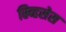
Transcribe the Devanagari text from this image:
स्र्व्हिसेस